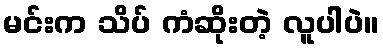
မင်းက သိပ် ကံဆိုးတဲ့ လူပါပဲ။